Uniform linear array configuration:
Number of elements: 4
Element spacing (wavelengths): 1
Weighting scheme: binomial
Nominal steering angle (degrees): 0
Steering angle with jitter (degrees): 0.0418
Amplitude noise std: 0.05
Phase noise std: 0.05

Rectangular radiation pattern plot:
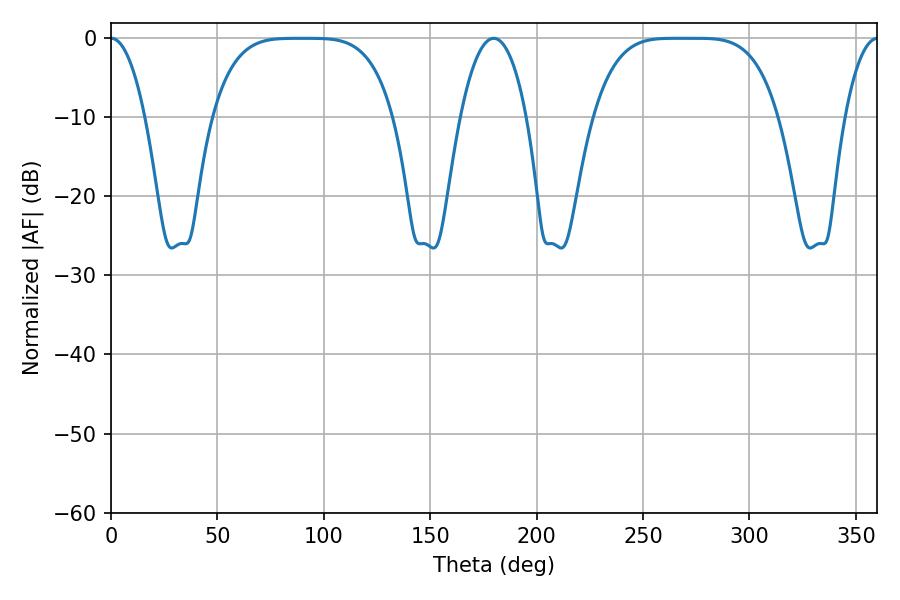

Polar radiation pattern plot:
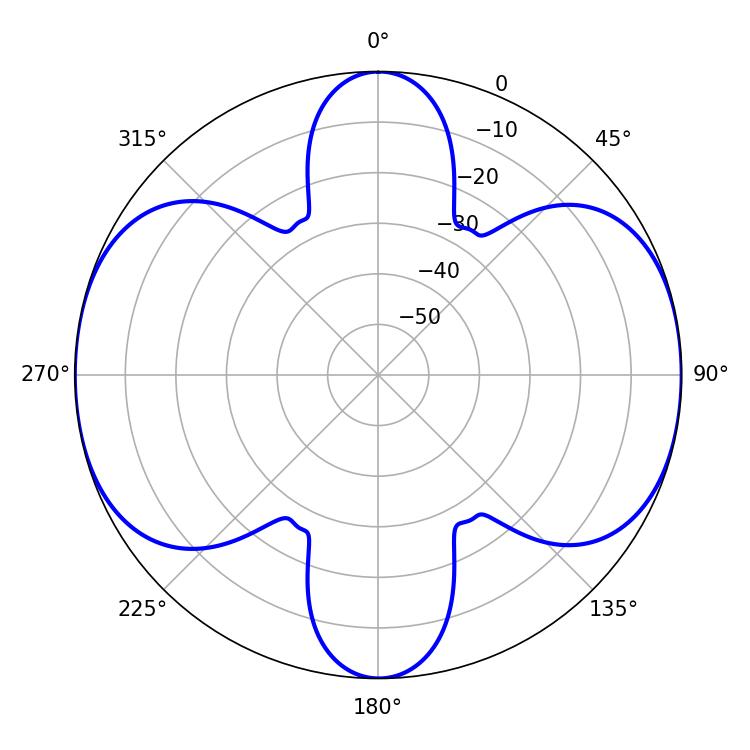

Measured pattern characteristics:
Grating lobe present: TRUE
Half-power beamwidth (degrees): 64.8
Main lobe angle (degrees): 265.68